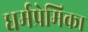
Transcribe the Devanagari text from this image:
धर्मप्रेमिका